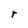
Character: r